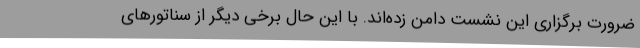
ضرورت برگزاری این نشست دامن زده‌اند. با این حال برخی دیگر از سناتورهای